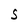
Character: S